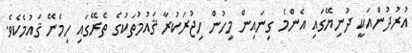
އުރުދުންއަކީ ދުނިޔޭގައި އެންމެ ގިނައިން މީހުން ހިޖުރަކުރާ ޤައުމުތަކުގެ ތެރޭގައި ހިމެނޭ ޤައުމެކެވެ.